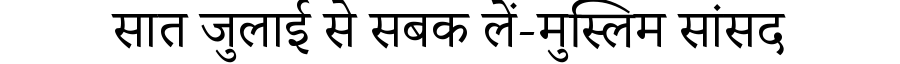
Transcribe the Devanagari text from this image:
सात जुलाई से सबक लें-मुस्लिम सांसद